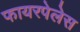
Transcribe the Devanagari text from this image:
फायरपेलेस